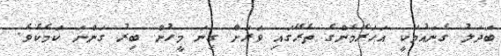
ބަދަލު ގެނައުމަކީ އަހަރެމެންގެ ތެރޭގައި ވަރަށް ގިނަ މީހުން ބިރު ގަންނަ ކަމެކެވެ.